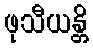
ဖုသီယန္တိ